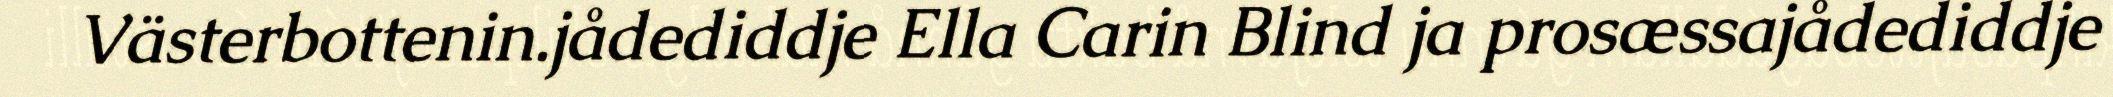
Västerbottenin.jådediddje Ella Carin Blind ja prosæssajådediddje